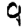
Digit: 9